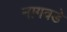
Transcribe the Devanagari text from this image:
नागवडे